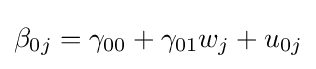
\beta _{0j}=\gamma _{00}+\gamma _{01}w_{j}+u_{0j}